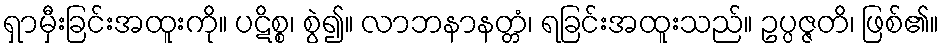
ရှာမှီးခြင်းအထူးကို။ ပဋိစ္စ၊ စွဲ၍။ လာဘနာနတ္တံ၊ ရခြင်းအထူးသည်။ ဥပ္ပဇ္ဇတိ၊ ဖြစ်၏။